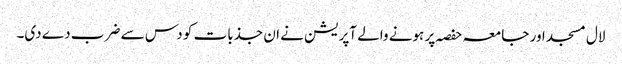
لال مسجد اور جامعہ حفصہ پر ہونے والے آپریشن نے ان جذبات کو دس سے ضرب دے دی۔